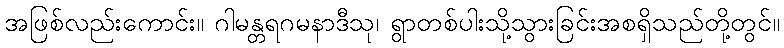
အဖြစ်လည်းကောင်း။ ဂါမန္တရဂမနာဒီသု၊ ရွာတစ်ပါးသို့သွားခြင်းအစရှိသည်တို့တွင်။